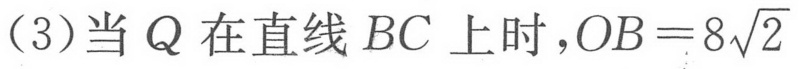
（3）当 \(Q\) 在直线 \(BC\) 上时，\(OB = 8\sqrt{2}\)